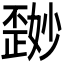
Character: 𪴽